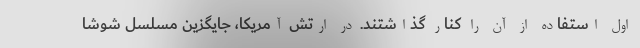
اول استفاده از آن را کنار گذاشتند. در ارتش آمریکا، جایگزین مسلسل شوشا